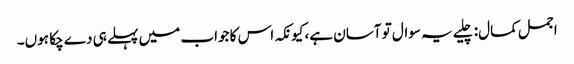
اجمل کمال:چلیے یہ سوال تو آسان ہے، کیونکہ اس کا جواب میں پہلے ہی دے چکا ہوں۔